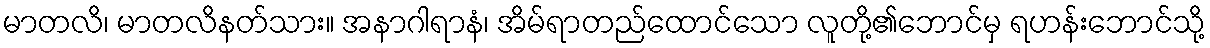
မာတလိ၊ မာတလိနတ်သား။ အနာဂါရာနံ၊ အိမ်ရာတည်ထောင်သော လူတို့၏ဘောင်မှ ရဟန်းဘောင်သို့